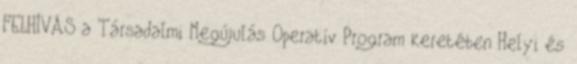
FELHÍVÁS a Társadalmi Megújulás Operatív Program keretében Helyi és